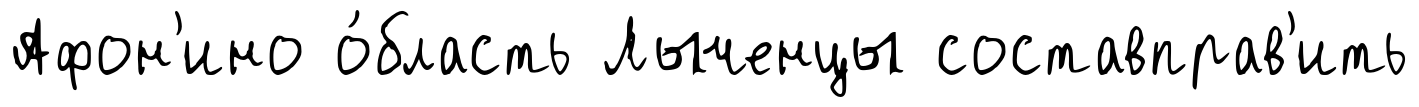
Афон'ино о́бласть Лыченцы составправ'ить